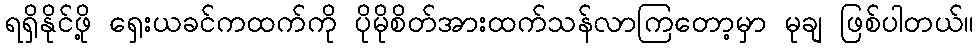
ရရှိနိုင်ဖို့ ရှေးယခင်ကထက်ကို ပိုမိုစိတ်အားထက်သန်လာကြတော့မှာ မုချ ဖြစ်ပါတယ်။